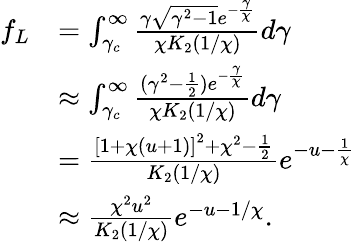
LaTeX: \begin{array}{rl}{f_{L}}&{=\int_{\gamma_{c}}^{\infty}\frac{\gamma\sqrt{\gamma^{2}-1}e^{-\frac{\gamma}{\chi}}}{\chi K_{2}\left(1/\chi\right)}d\gamma}\\ &{\approx\int_{\gamma_{c}}^{\infty}\frac{(\gamma^{2}-\frac{1}{2})e^{-\frac{\gamma}{\chi}}}{\chi K_{2}\left(1/\chi\right)}d\gamma}\\ &{=\frac{\left[1+\chi\left(u+1\right)\right]^{2}+\chi^{2}-\frac{1}{2}}{K_{2}\left(1/\chi\right)}e^{-u-\frac{1}{\chi}}}\\ &{\approx\frac{\chi^{2}u^{2}}{K_{2}(1/\chi)}e^{-u-1/\chi}.}\end{array}